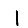
Digit: 1